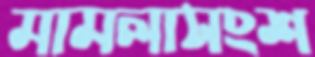
মামলাসংশ